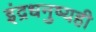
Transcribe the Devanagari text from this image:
इंद्रधनुष्यही